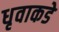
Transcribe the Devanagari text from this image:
धृवाकडे